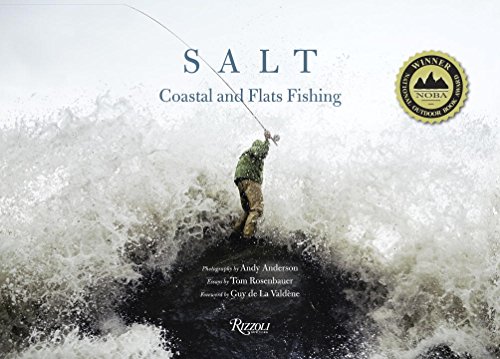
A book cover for Salt: Coastal and Flats Fishing Photography by Andy Anderson; Tom Rosenbauer; Arts & Photography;